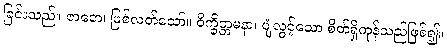
ခြင်းသည်။ ဇာတေ၊ ဖြစ်လတ်သော်။ ဝိက္ခိတ္တမနာ၊ ပျံလွင့်သော စိတ်ရှိကုန်သည်ဖြစ်၍။